Problem: 48 ÷ 6 = ?
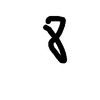
Handwritten answer: 8